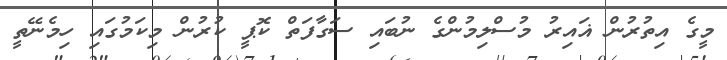
މީގެ އިތުރުން ޣައިރު މުސްލިމުންގެ ނުބައި ސަގާފަތް ކޮޕީ ކުރުން މިކަމުގައި ހިމެނޭތީ